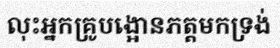
លុះអ្នកគ្រូបង្អោនភត្តមកទ្រង់